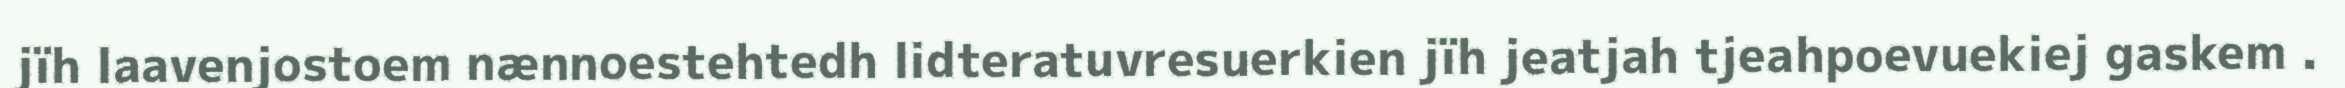
jïh laavenjostoem nænnoestehtedh lidteratuvresuerkien jïh jeatjah tjeahpoevuekiej gaskem .